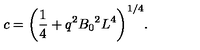
c = { \left( { \frac { 1 } { 4 } } + q ^ { 2 } { B _ { 0 } } ^ { 2 } L ^ { 4 } \right) } ^ { 1 / 4 } .